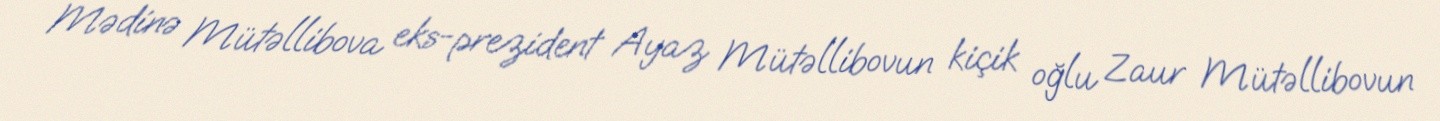
Mədinə Mütəllibova eks-prezident Ayaz Mütəllibovun kiçik oğlu Zaur Mütəllibovun